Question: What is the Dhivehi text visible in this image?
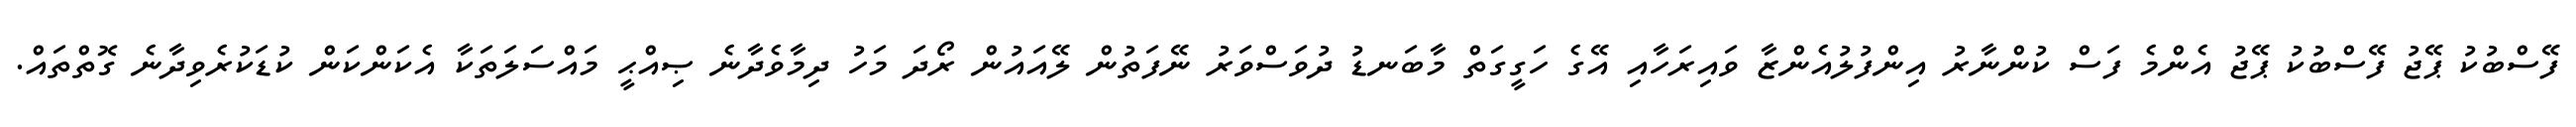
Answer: ފޭސްބުކު ޕޭޖު ފޭސްބުކު ޕޭޖު އެންމެ ފަސް ކުންނާރު އިންފުލުއެންޒާ ވައިރަހާއި އޭގެ ހަގީގަތް މާބަނޑު ދުވަސްވަރު ނޭފަތުން ލޭއައުން ރޯދަ މަހު ދިމާވެދާނެ ޞިއްޙީ މައްސަލަތަކާ އެކަންކަން ކުޑަކުރެވިދާނެ ގޮތްތައް.